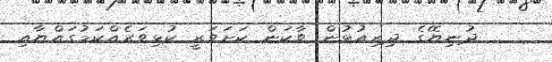
ދުނިޔޭގެ ދިރިއުޅުން ވާކަން ކަށަވަރީ ކުޅިވަރެއްކަމުގައްޔާއި